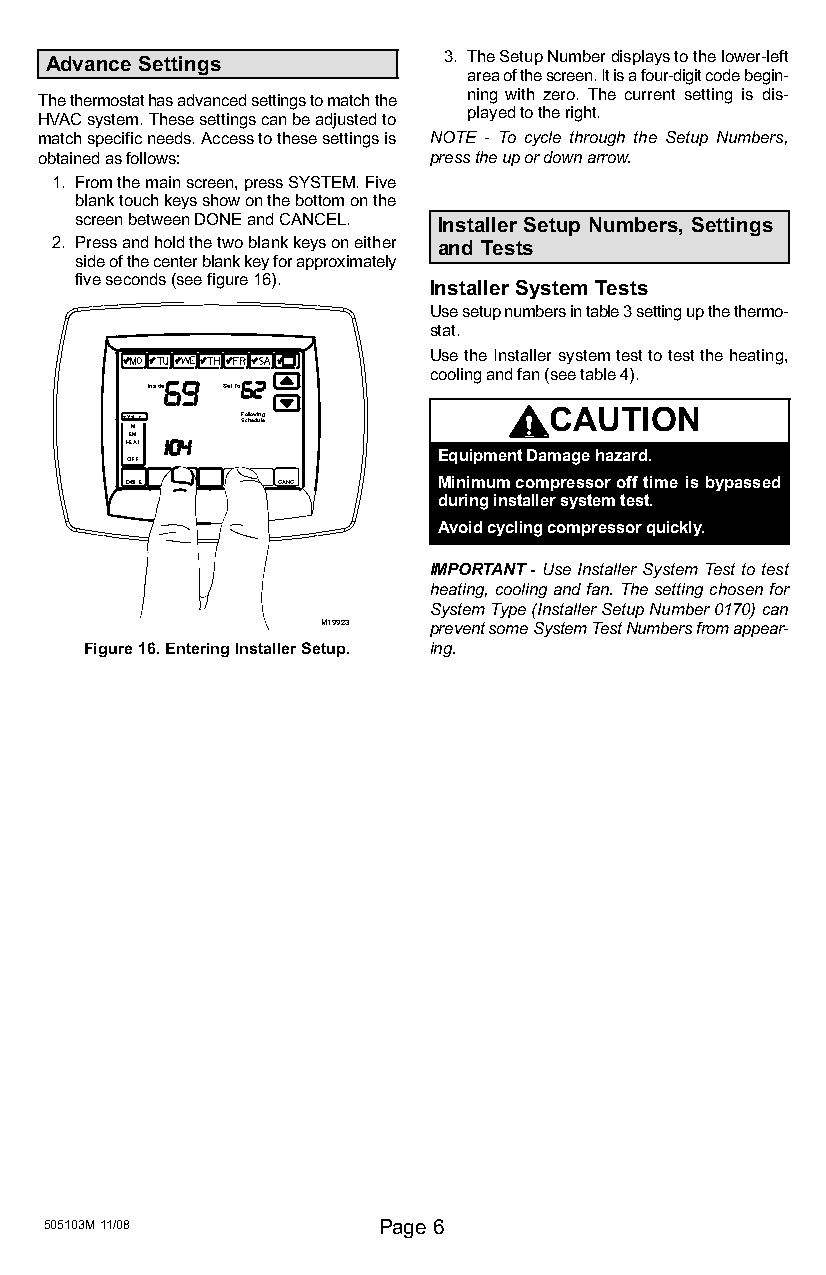
Advance Settings          3. The Setup Number displays to the lower−left
 area of the screen. It is a four−digit code begin-
 The thermostat has advanced settings to match the ning with zero. The current setting is dis-
 played to the right.
 HVAC system. These settings can be adjusted to
 match specific needs. Access to these settings is NOTE − To cycle through the Setup Numbers,
 obtained as follows:      press the up or down arrow.
 1. From the main screen, press SYSTEM. Five
 blank touch keys show on the bottom on the
 screen between DONE and CANCEL. Installer Setup Numbers, Settings
 2. Press and hold the two blank keys on either and Tests
 side of the center blank key for approximately
 five seconds (see figure 16). Installer System Tests
 Use setup numbers in table 3 setting up the thermo-
 stat.
 Use the Installer system test to test the heating,
 MO      SA SU
 cooling and fan (see table 4).
 In side Set To
 CAUTION
 SY
 M
 STE    SFoclhloewdiunleg
 EM
 HEAT
 Equipment Damage hazard.
 OFF
 D ONE     CANC       Minimum compressor off time is bypassed
 during installer system test.
 Avoid cycling compressor quickly.
 IMPORTANT − Use Installer System Test to test
 heating, cooling and fan. The setting chosen for
 System Type (Installer Setup Number 0170) can
 M19923 prevent some System Test Numbers from appear-
 Figure 16. Entering Installer Setup. ing.
 505103M 11/08         Page 6